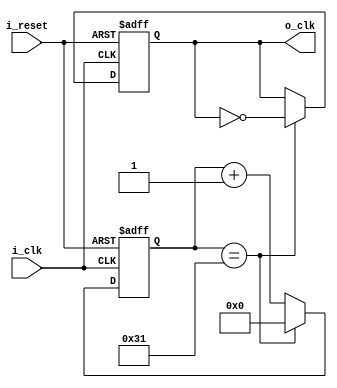
`timescale 1ns / 1ps
//1M =>50
module Prescaler_for_1MHz(
    input i_clk, i_reset,
    output o_clk
    );

    reg r_clk = 1'b0;
    reg [31:0] r_counter = 0;

    assign o_clk = r_clk;

    always @(posedge i_clk, posedge i_reset) begin
        if(i_reset) begin
            r_counter <= 0;
            r_clk <= 0;
        end
        else begin
            if(r_counter == 49) begin
                r_counter <= 0;
                r_clk <= ~r_clk;
            end
            else begin
                r_counter <= r_counter + 1;
            end
        end
    end
endmodule